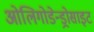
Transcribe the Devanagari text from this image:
ओलिगोडेन्ड्रोसाइट